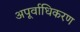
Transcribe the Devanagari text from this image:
अपूर्वाधिकरण